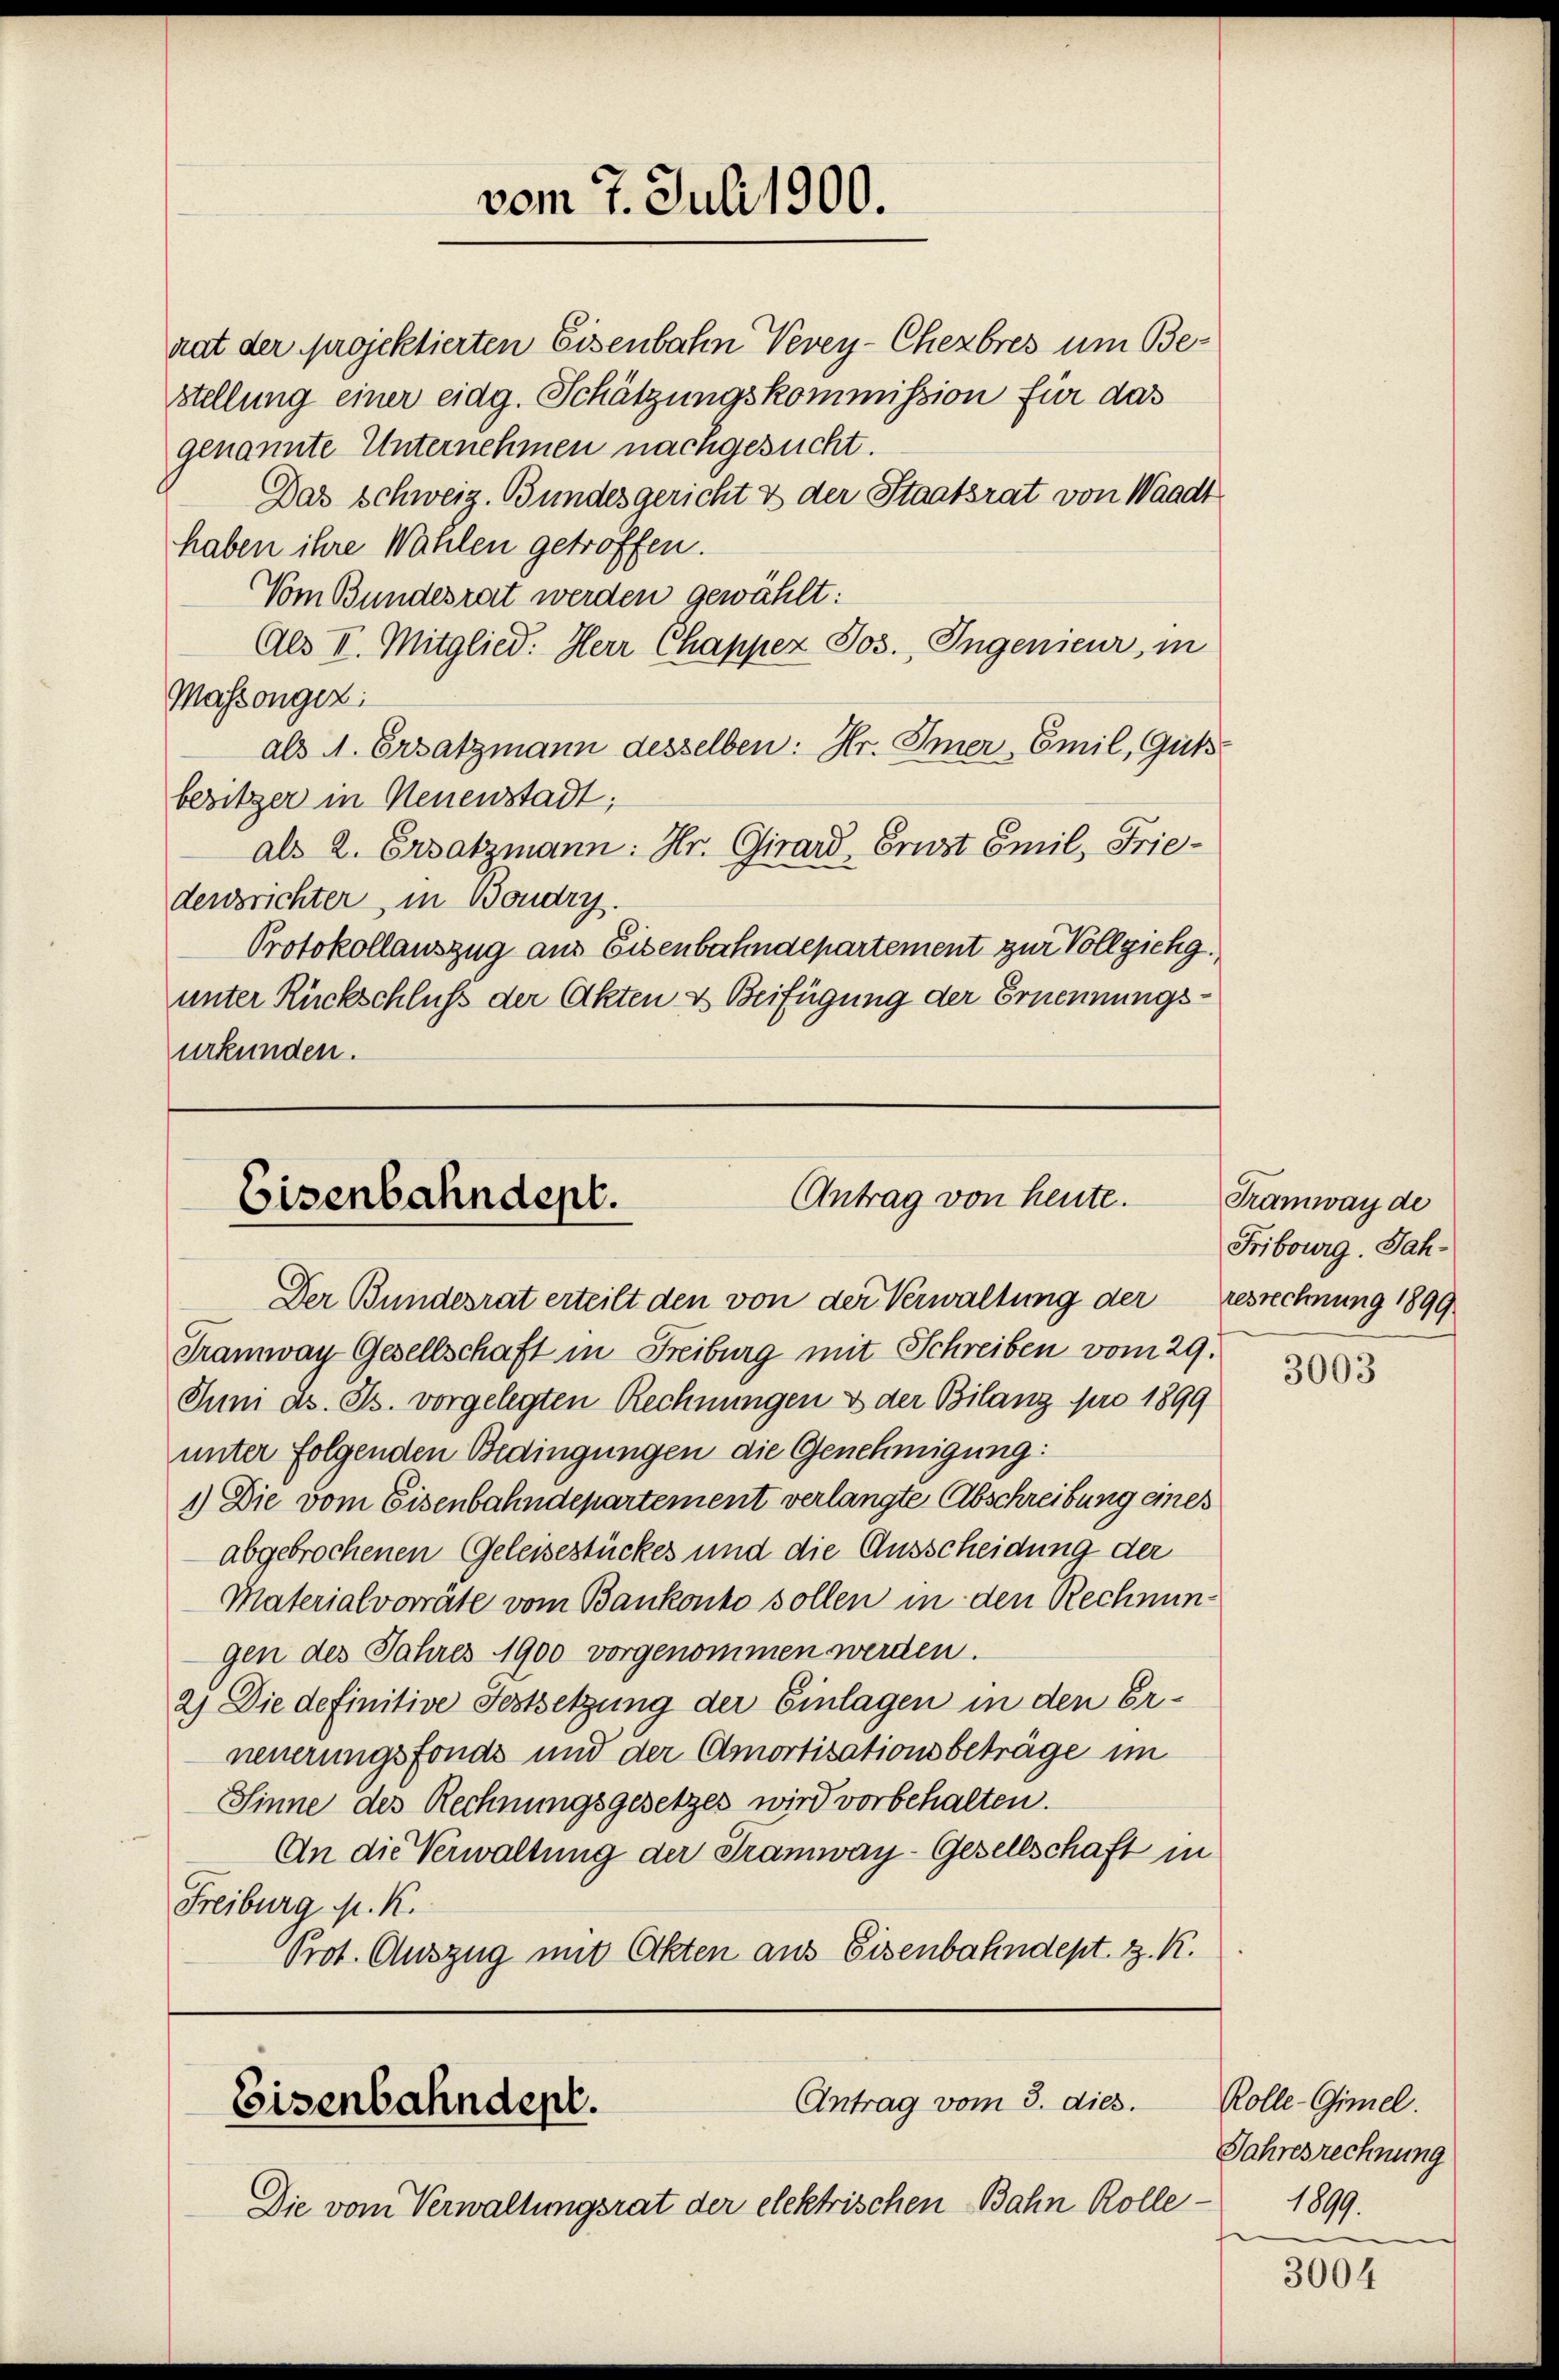
rat der projektierten Eisenbahn Vevey-Chexbres um Bestellung einer eidg. Schätzungskommission für das
genannte Unternehmen nachgesucht.
Das schweiz. Bundesgericht & der Staatsrat von Waadt
haben ihre Wahlen getroffen.
Vom Bundesrat werden gewählt:
Als II. Mitglied: Herr Chappez Jos. Ingenieur, in
Massongez
als A. Ersatzmann desselben: Hr. Immer, Emil, Gut.
besitzer in Neuenstadt;
als 2. Ersatzmann: Hr. Girard, Ernst Emil Friedensrichter, in Boudry.
Protokollauszug aus Eisenbahndepartement zur Vollziehg
unter Rückschluß der Akten & Beifügung der Ernennungsurkunden.

vom 7. Juli 1900.

Antrag von heute.
Eisenbahndept.

Der Bundesrat erteilt den von der Verwaltung der resrechnung 1899
Tramway Gesellschaft in Freiburg mit Schreiben vom 29.
Juni d. Js. vorgelegten Rechnungen & der Bilanz pro 1899
unter folgenden Bedingungen die Genehmigung:
1.) Die vom Eisenbahndepartement verlangte Abschreibung eines
abgebrochenen Geleisestückes und die Ausscheidung der
Materialvorräte vom Bankonto sollen in den Rechnungen des Jahres 1900 vorgenommen werden.
2) Die definitive Festsetzung der Einlagen in den Erneuerungsfonds und der Amortisationsbeträge im
Sinne des Rechnungsgesetzes wird vorbehalten.
An die Verwaltung der Tramway-Gesellschaft in
Freiburg M. K.
Prot. Auszug mit Akten aus Eisenbahndept. z. K.

Antrag vom 3. dies.
Eisenbahndept.

Die vom Verwaltungsrat der elektrischen Bahn Rolle¬

Tramway de
Fribourg, Jah¬

3003

Rolle-Gimel.
Jahresrechnung
1899.

3004